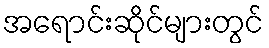
အရောင်းဆိုင်များတွင်